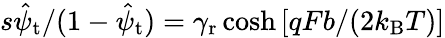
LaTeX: s\hat{\psi}_{\mathrm{t}}/(1-\hat{\psi}_{\mathrm{t}})=\gamma_{\mathrm{r}}\cosh\left[qFb/(2k_{\mathrm{B}}T)\right]